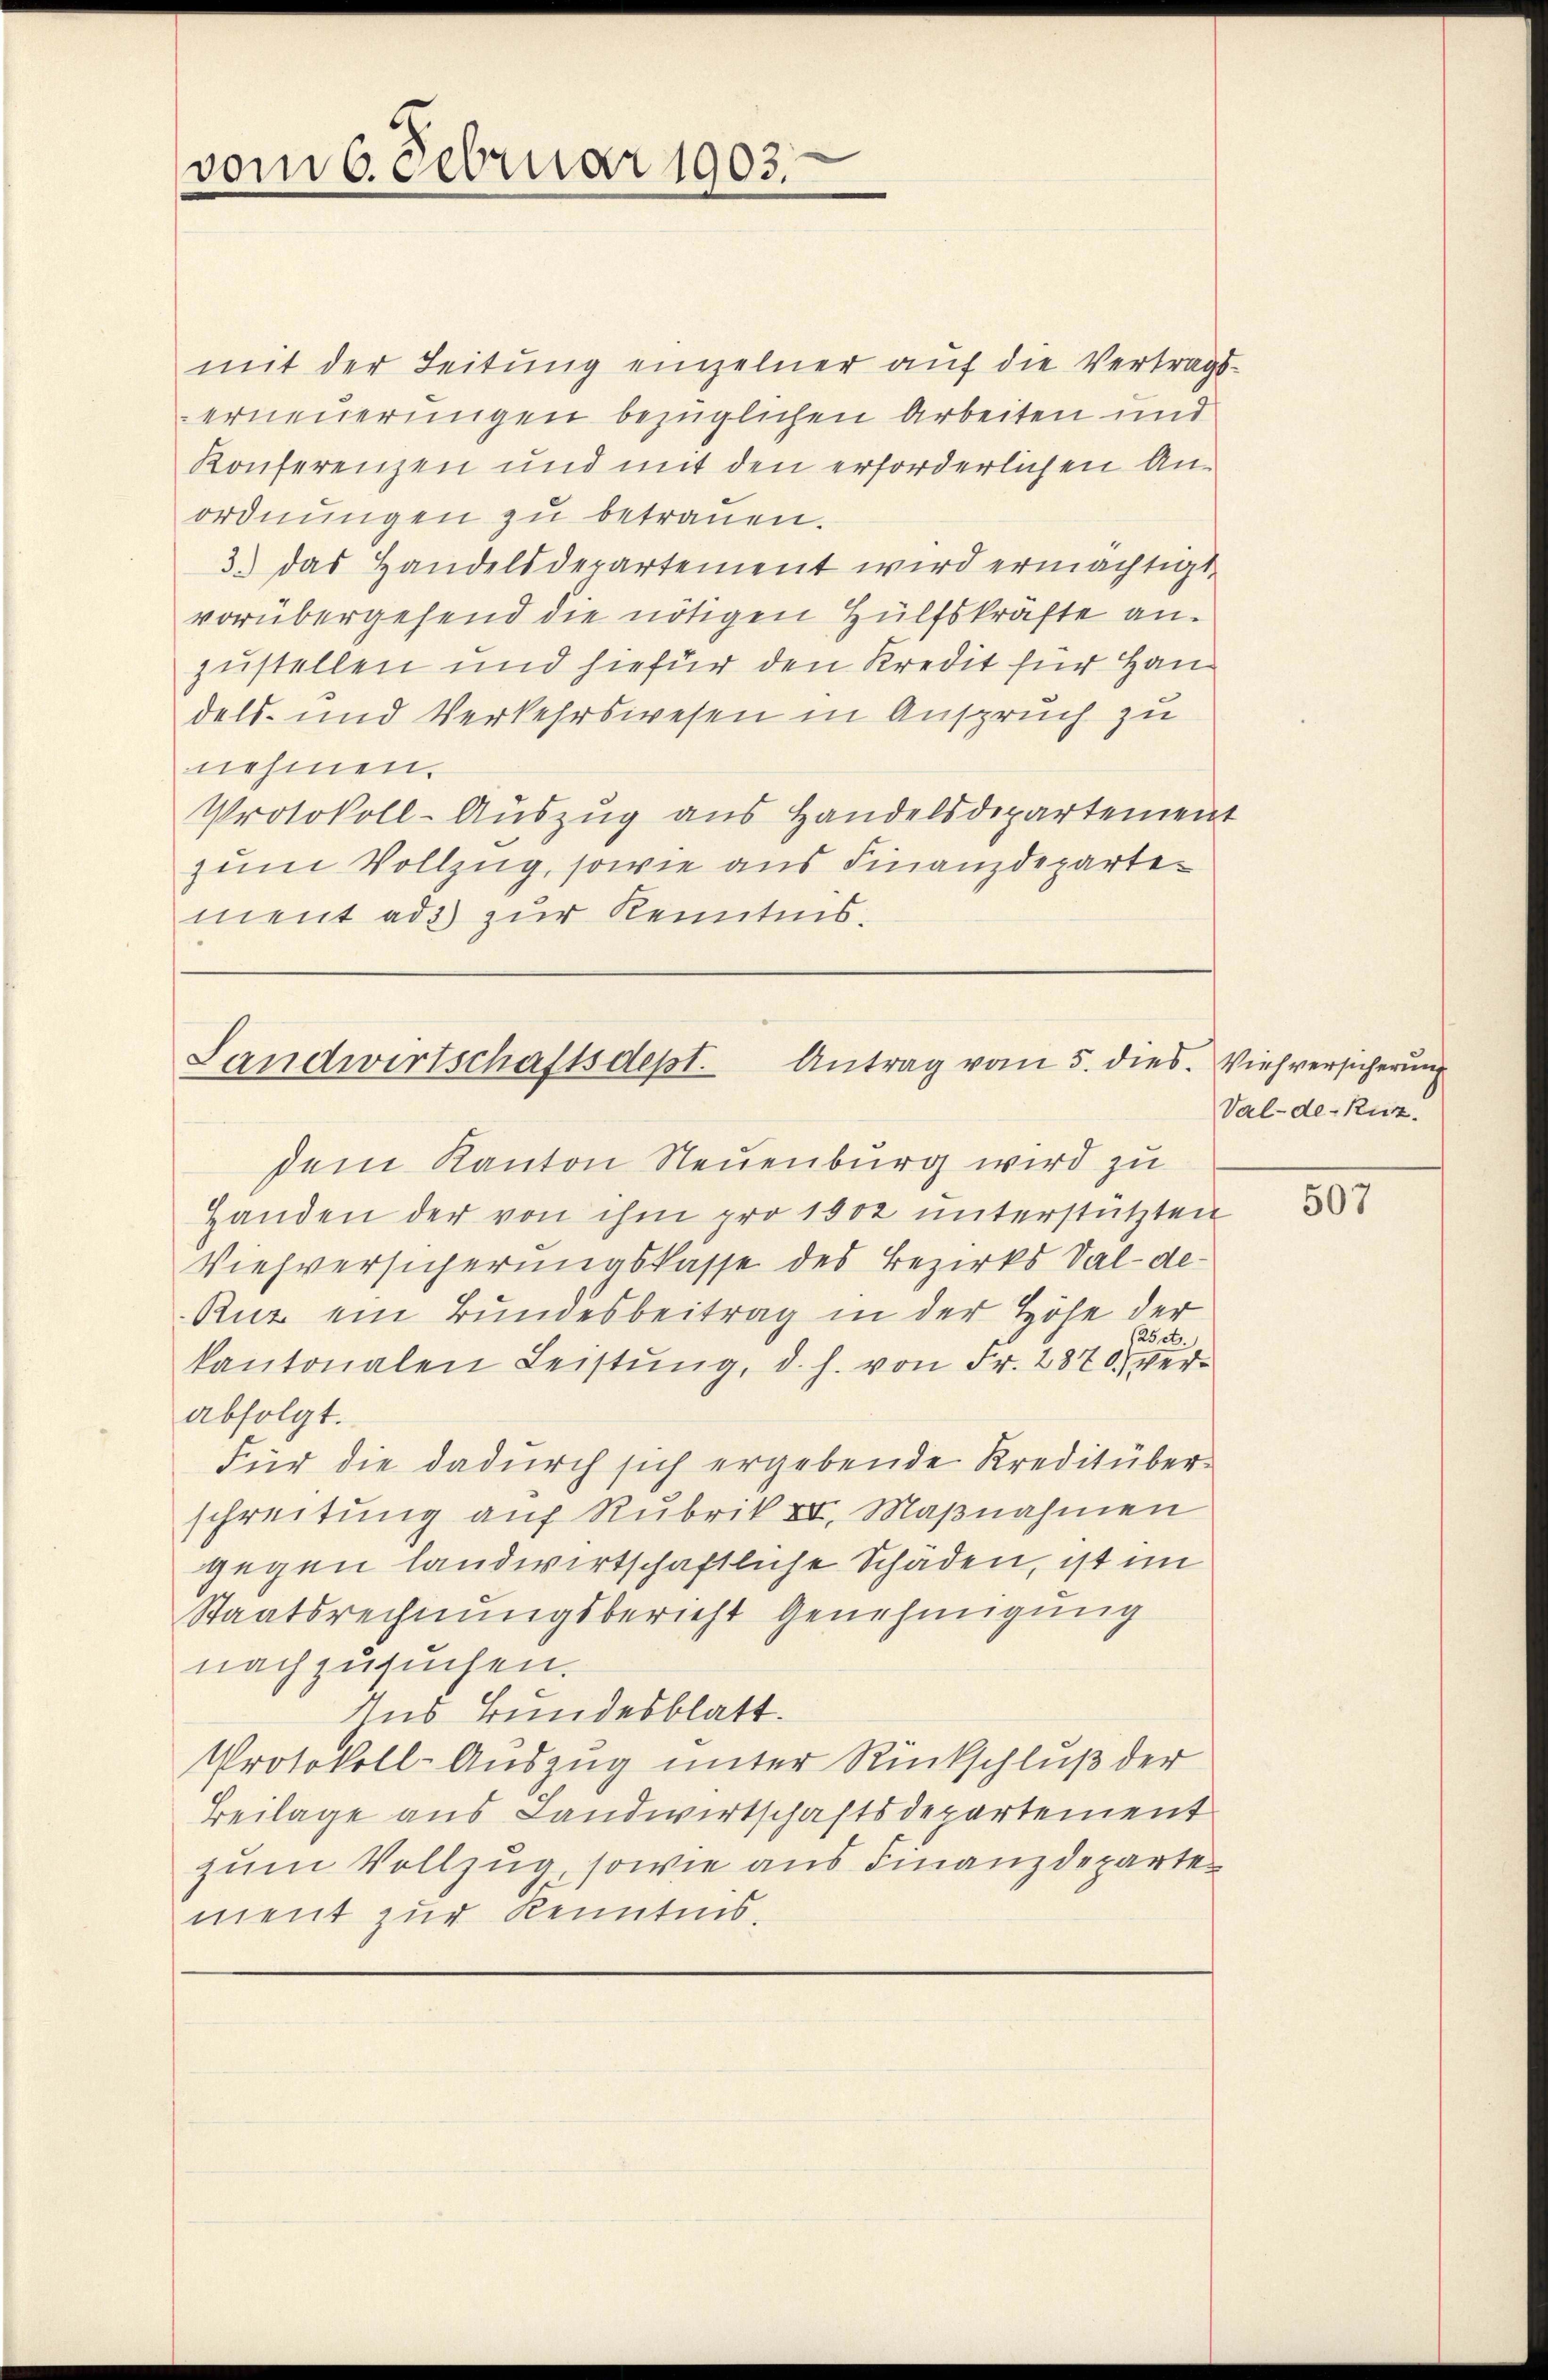
vom 6. Februar 1903.

mit der Leitung einzelner auf die Vertrags-
erneuerungen bezüglichen Arbeiten und
Konferenzen und mit den erforderlichen Anordnungen zu betrauen.
3.) das Handelsderartement wird ermächtigt,
vorübergehend die nötigen Hülfskräfte an.
zustellen und hiefür den Kredit für Handels- und Verkehrswesen in Anspruch zu
nehmen.
Protokoll-Auszug aus Handelsdepartement
zum Vollzug, sowie aus Finanzdeparte
ment ad 3 zur Kenntnis.

Landwirtschaftsdept. Antrag vom 5. dies. Viehversicherung

Val-de-Ruzz.

dem Kanton Neuenburg wird zu
Handen der von ihm pro 1902 unterstützten
Viehversicherungskasse des Bezirks Val-de-
Ruz ein Bundesbeitrag in der Höhe der
25et.)
kantonalen Leistŭng, d. h. von Fr. 2870 ver-
abfolgt.
Für die dadurch sich ergebende Kreditüberschreitung auf Rubrik IV, Maßnahmen
gegen landwirtschaftliche Schäden, ist im
Staatsrechnungsbericht Genehmigung
nachzusuchen.
Ins Bundesblatt.
Protokoll-Auszug unter Rückschluß der
Beilage aus Landwirtschaftsdepartement
zum Vollzug, sowie aus Finanzdeparte
ment zur Kenntnis,

507